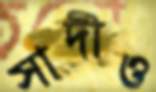
সাদীও